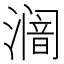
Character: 𱨿